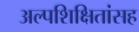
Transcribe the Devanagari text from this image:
अल्पशिक्षितांसह